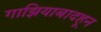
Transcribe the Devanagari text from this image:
गाझियाबादहून